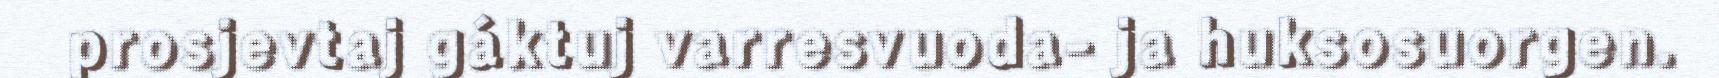
prosjevtaj gáktuj varresvuoda- ja huksosuorgen.